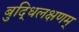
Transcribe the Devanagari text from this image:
बुद्धिलक्षणम्‌